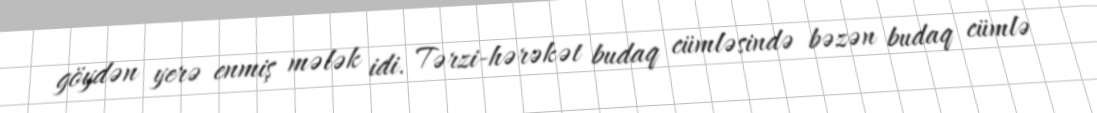
göydən yerə enmiş mələk idi. Tərzi-hərəkət budaq cümləsində bəzən budaq cümlə